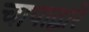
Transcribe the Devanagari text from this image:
चापाद्वारे